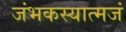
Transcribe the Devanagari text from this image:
जंभकस्यात्मजं